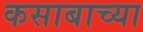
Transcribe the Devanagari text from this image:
कसाबाच्या